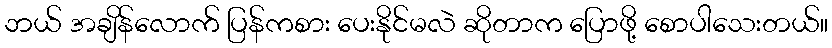
ဘယ် အချိန်လောက် ပြန်ကစား ပေးနိုင်မလဲ ဆိုတာက ပြောဖို့ စောပါသေးတယ်။